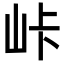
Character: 𡶛